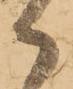
か